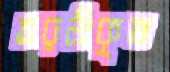
তরলীকৃত